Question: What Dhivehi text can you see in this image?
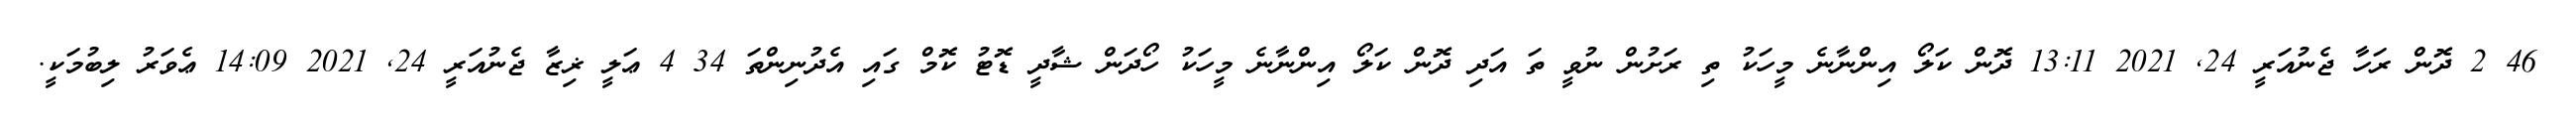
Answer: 46 2 ދޮން ރަހާ ޖެނުއަރީ 24, 2021 13:11 ދޮން ކަލޯ އިންނާނެ މީހަކު ތި ރަށުން ނުވީ ތަ އަދި ދޮން ކަލޯ އިންނާނެ މީހަކު ހޯދަން ޝާދީ ޑޮޓު ކޮމް ގައި އެދުނިންތަ 34 4 ޢަލީ ޜިޒާ ޖެނުއަރީ 24, 2021 14:09 ޢެވަރު ލިބުމަކީ.